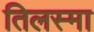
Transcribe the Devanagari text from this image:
तिलस्मा